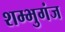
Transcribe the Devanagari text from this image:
शम्भुगंज